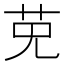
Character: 𱽔